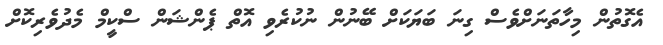
އެގޮތުން މިހާތަނަށްވެސް ގިނަ ބަޔަކަށް ބޭނުން ނުކުރެވި އޮތް ޕެންޝަން ސްކީމް މެދުވެރިކޮށް